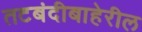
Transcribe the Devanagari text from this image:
तटबंदीबाहेरील